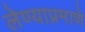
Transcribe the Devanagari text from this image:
लेण्याप्रमाणे